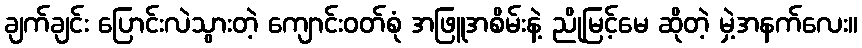
ချက်ချင်း ပြောင်းလဲသွားတဲ့ ကျောင်းဝတ်စုံ အဖြူအစိမ်းနဲ့ ညိုမြင့်မေ ဆိုတဲ့ မှဲ့အနက်လေး။